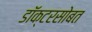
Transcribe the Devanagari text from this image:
डॉक्टरसोबत